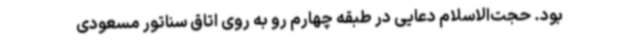
بود. حجت‌الاسلام دعایی در طبقه چهارم رو به روی اتاق سناتور مسعودی